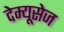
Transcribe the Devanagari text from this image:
देम्यूसेज